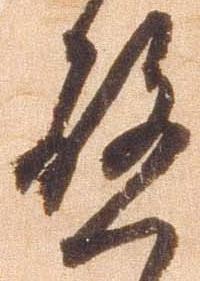
啓